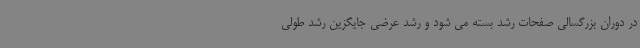
در دوران بزرگسالی صفحات رشد بسته می شود و رشد عرضی جایگزین رشد طولی